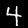
Label: 4